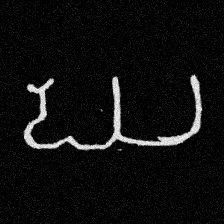
Pyu character \u2014 Myanmar letter: ဃ (romanized: gha)